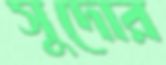
সুদোর